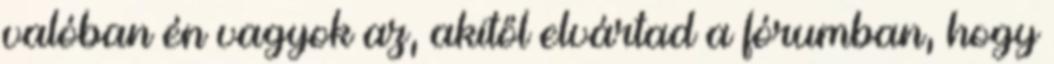
valóban én vagyok az, akitől elvártad a fórumban, hogy